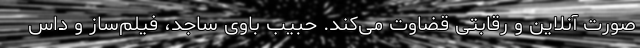
صورت آنلاین و رقابتی قضاوت می‌کند. حبیب باوی ساجد، فیلم‌ساز و داس